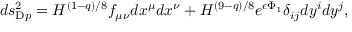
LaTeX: d s _ { \mathrm { D } p } ^ { 2 } = H ^ { ( 1 - q ) / 8 } f _ { \mu \nu } d x ^ { \mu } d x ^ { \nu } + H ^ { ( 9 - q ) / 8 } e ^ { \epsilon \Phi _ { 1 } } \delta _ { i j } d y ^ { i } d y ^ { j } ,